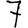
Digit: 7